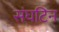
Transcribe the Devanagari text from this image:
संघटिन